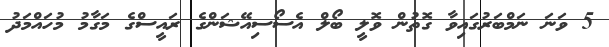
5 ވަނަ ނަމްބަރުގައިވާ ގޮތުން ވޮލީ ބޯލް އެސޯސިއޭޝަންގެ ރައީސްގެ މަގާމު މުހައްމަދު